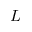
L